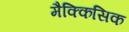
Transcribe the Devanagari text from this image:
मैक्किसिक